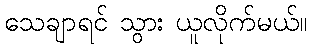
သေချာရင် သွား ယူလိုက်မယ်။